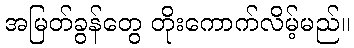
အမြတ်ခွန်တွေ တိုးကောက်လိမ့်မည်။